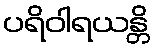
ပရိဝါရယန္တိ